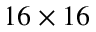
1 6 \times 1 6